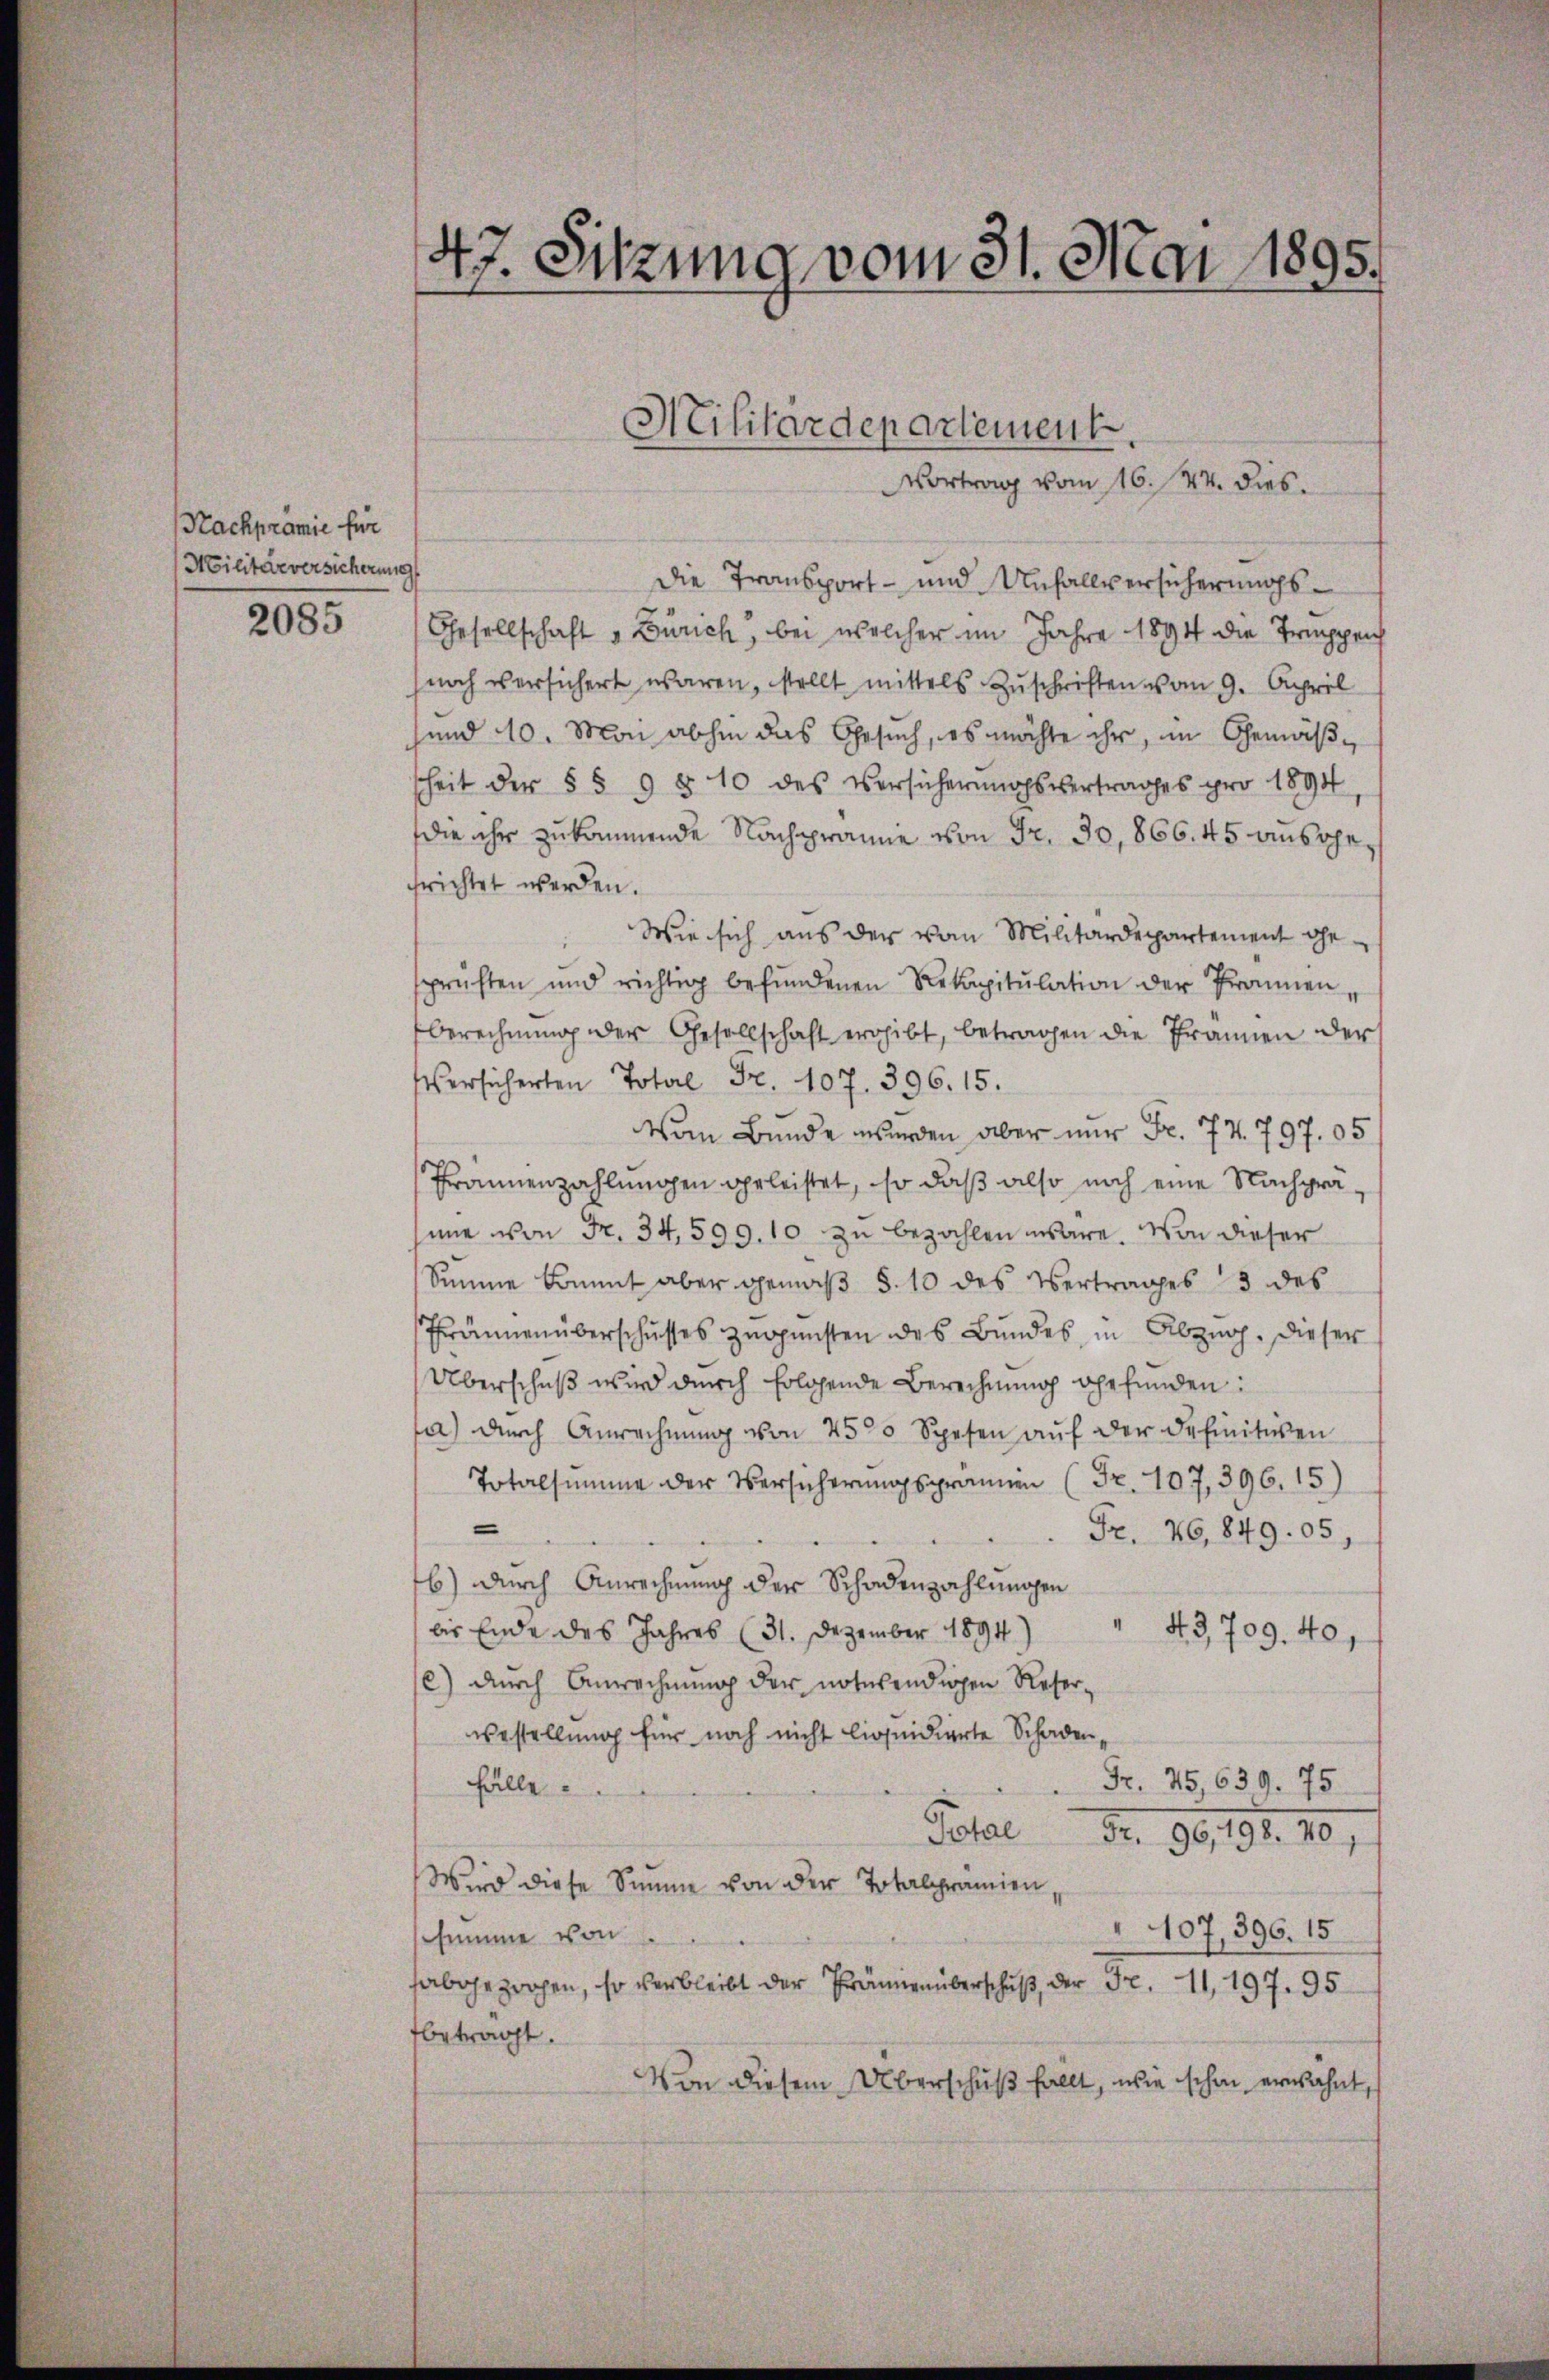
Nachprämie für
Militärversicherung

2085

47. Sitzung vom 31. Mai 1895.

Militärdepartement.
Vortrag vom 16. 44. dies.

Die Transport- und Unfallversicherungs¬
Gesellschaft " Zürich, bei welcher im Jahre 1894 die Treppenh
noch versichert waren, stellt mittels Zuschriften vom 9. April
sund 10. Mai abhin das Gesuch, es möchte ihr, im Gemäßsheit der § 5 9 § 10 des Versicherungsvertrages pro 1894
die ihr zukommende Nachprämie von Fr. 30, 866. 45 ausgefrichtet werden.
Wie sich aus der von Militärdepartement ge-
prüften und richtig befŭndenen Rekapitulation der Pronnen,
berechnŭng der Gesellschaft ergibt, betragen die Frannen der
Versicherten Total Fr. 107. 396. 15.
Vom Bunde wurden aber nur Fr. 77. 797. 05
Frankenzahlungen geleistet, so daß also noch eine Nachpräsine von Fr. 34,599. 10 zu bezahlen wäre. Von dieser
Simme kommt aber gemäβ §. 10 des Vertrages 3 des
Tränen überschusses zŭgŭnsten des Bundes in Abzug. Dieser
Überschuß wird durch folgende Berechnung ohefunden:
fa) durch Anrechnŭng von 2500 Spesen aŭf der Definitiven
Totalsumme der Versicherŭngspranen (Fr. 107, 396. 15)
—
Fr. 26, 849. 05,
b) durch Anrechnung der Schadenzahlungen
bis Ende des Jahres (31. Dezember 1894)
" 43709. 40,
e) durch Anrechnŭng der notwendigen Reser
westellung für noch nicht liquidierte Schaden¬
Fr. 25, 639. 75
fälle
Potal Fr. 96, 198. 401
Wird diese Summe von der Totalprämien,
107, 396. 15
ssumme von
sabgezogen, so verbleibt der Prämien überschuß, der Fr. 11, 197. 95
fbetragt.
Von diesem Überschuß fallt, wie schon erwähnt,